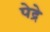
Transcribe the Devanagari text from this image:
पेद्रे